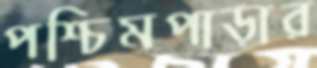
পশ্চিমপাড়ার